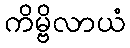
ကိမ္ဗိလာယံ